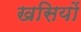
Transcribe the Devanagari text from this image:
खसियों